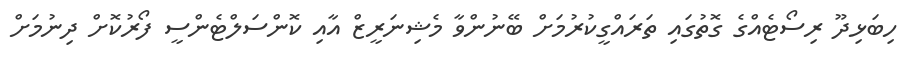
ހިބަޅިދޫ ރިސޯޓެއްގެ ގޮތުގައި ތަރައްގީކުރުމަށް ބޭނުންވާ މެޝިނަރީޒް އާއި ކޮންސަލްޓެންސީ ފޯރުކޮށް ދިނުމަށް